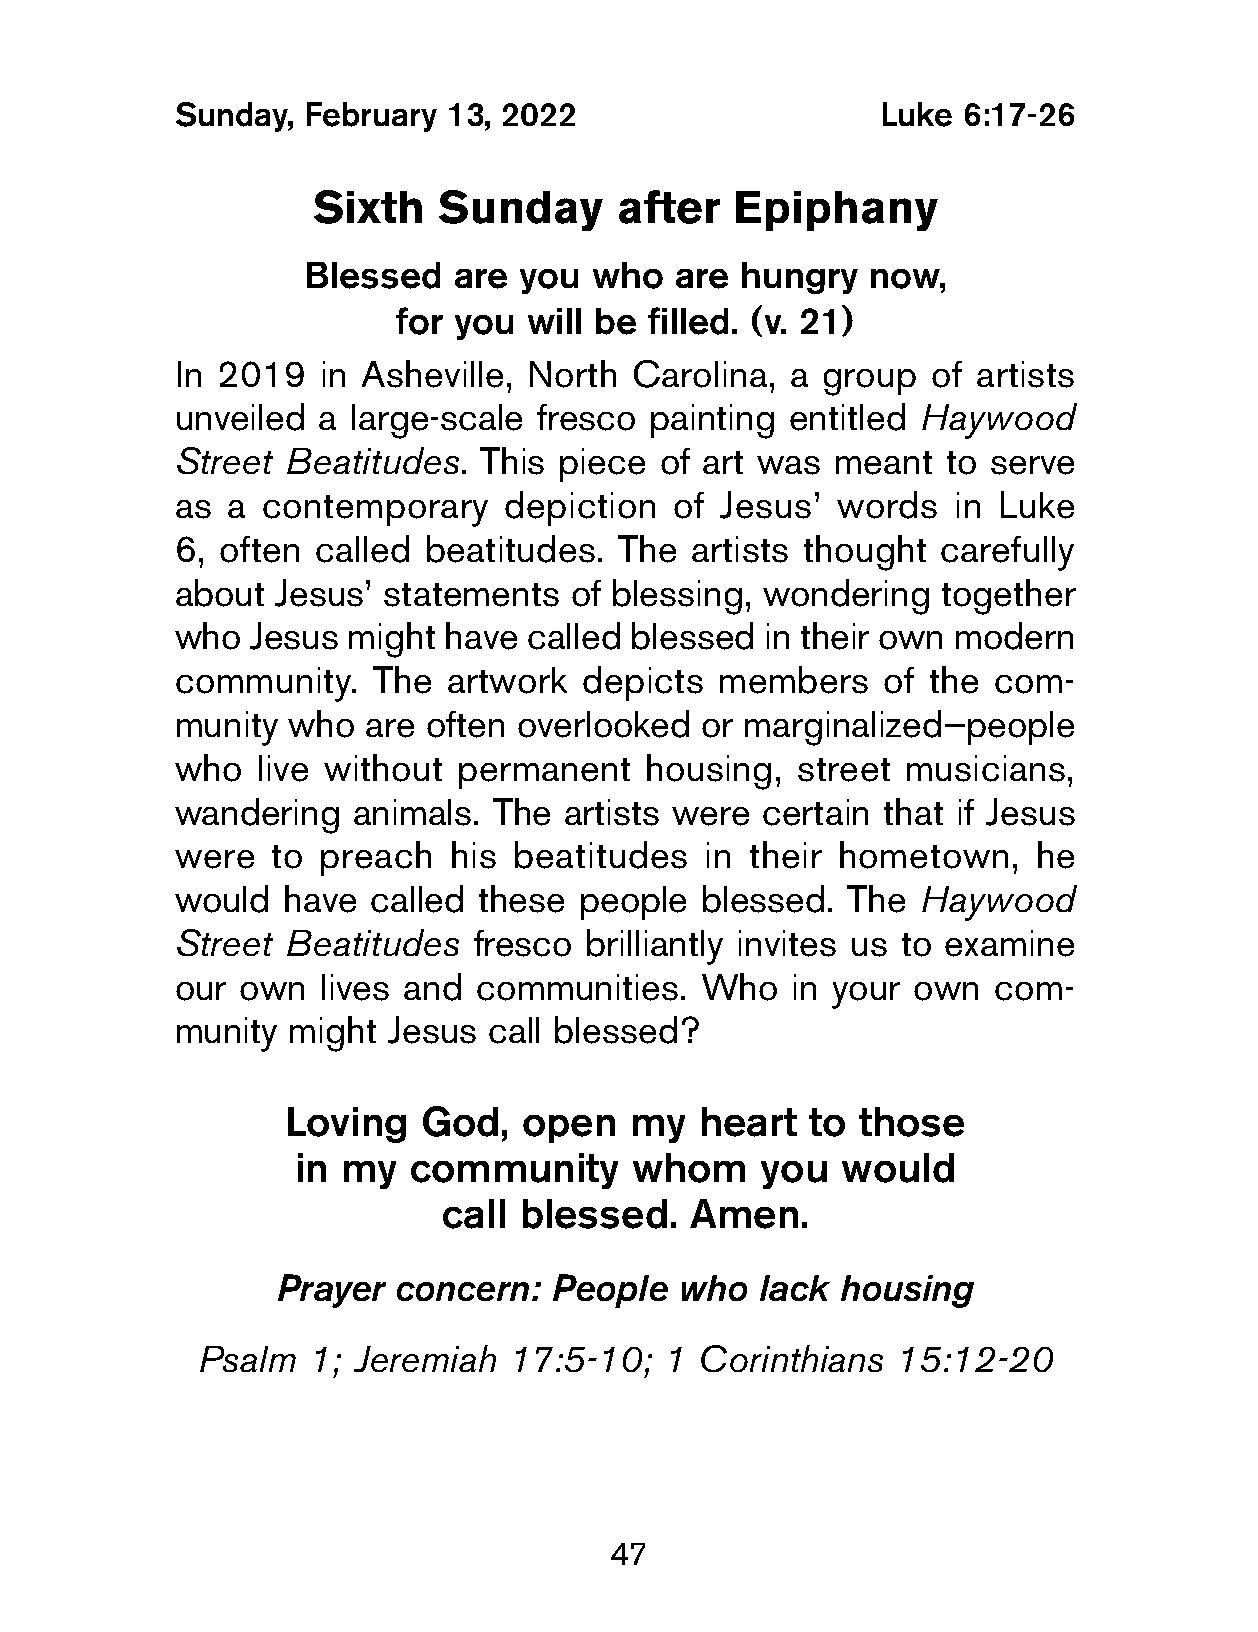
Sunday,  February  13, 2022                    Luke  6:17-26
 Sixth   Sunday      after  Epiphany
 Blessed   are you  who   are hungry  now,
 for you  will be filled. (v. 21)
 In 2019   in Asheville, North  Carolina, a group   of artists
 unveiled  a large-scale fresco  painting entitled Haywood
 Street  Beatitudes.  This piece  of art was meant  to serve
 as  a contemporary    depiction  of  Jesus’ words   in Luke
 6, often  called beatitudes.  The  artists thought carefully
 about  Jesus’ statements   of blessing, wondering  together
 who  Jesus  might have  called blessed in their own modern
 community.    The artwork  depicts  members    of the  com-
 munity  who  are often overlooked  or marginalized—people
 who   live without permanent    housing,  street musicians,
 wandering   animals.  The artists were certain that if Jesus
 were   to preach   his beatitudes   in their hometown,   he
 would   have called  these people  blessed.  The  Haywood
 Street  Beatitudes  fresco  brilliantly invites us to examine
 our  own  lives and communities.   Who   in your own   com-
 munity  might  Jesus call blessed?
 Loving   God,  open    my  heart  to  those
 in my   community      whom    you   would
 call blessed.    Amen.
 Prayer  concern:  People   who  lack housing
 Psalm  1; Jeremiah   17:5-10;  1 Corinthians  15:12-20
 47